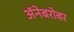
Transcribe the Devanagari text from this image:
अॅनेबरोबर